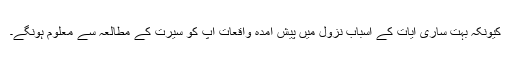
کیونکہ بہت ساری آیات کے اسباب نزول میں پیش آمدہ واقعات آپ کو سیرت کے مطالعہ سے معلوم ہونگے۔